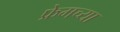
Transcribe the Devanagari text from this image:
फ्रेमच्या